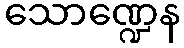
သောဏ္ဍေန